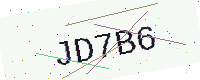
Text: JD7B6